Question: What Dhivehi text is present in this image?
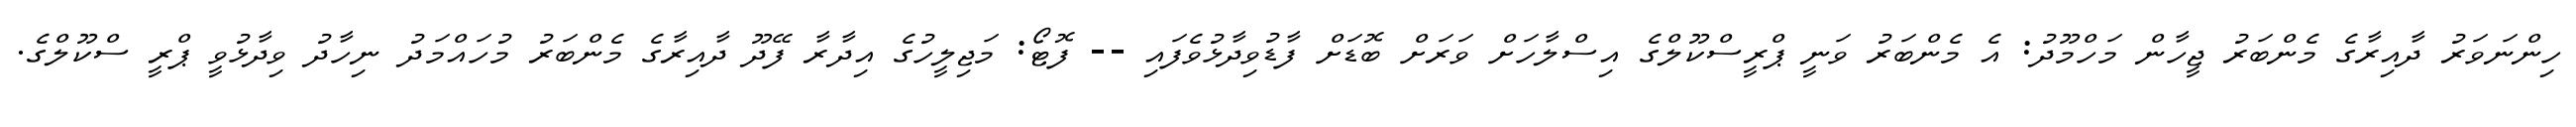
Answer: ހިންނަވަރު ދާއިރާގެ މެންބަރު ޖީހާން މަހްމޫދު: އެ މެންބަރު ވަނީ ޕްރީސްކޫލްގެ އިސްލާހަށް ވަރަށް ބޮޑަށް ފާޑުވިދާޅުވެފައި -- ފޮޓޯ: މަޖިލީހުގެ އިދާރާ ފޭދޫ ދާއިރާގެ މެންބަރު މުހައްމަދު ނިހާދު ވިދާޅުވީ ޕްރީ ސްކޫލްގެ.